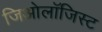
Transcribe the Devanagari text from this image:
जिओलॉजिस्ट